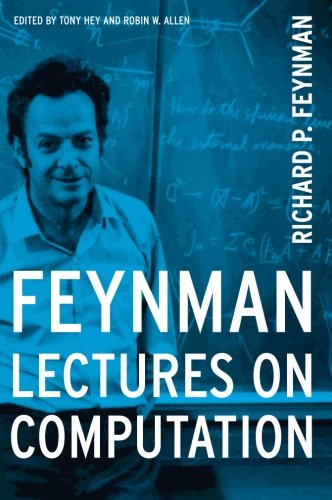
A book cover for Feynman Lectures On Computation; Richard P. Feynman; Computers & Technology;